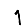
Digit: 1